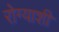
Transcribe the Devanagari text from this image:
रोग्याशी